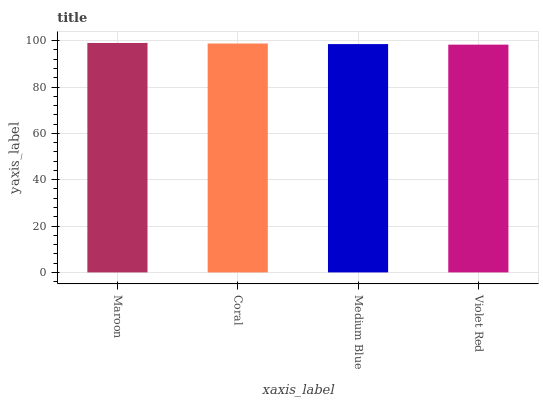
| xaxis_label | bars |
 | --- | --- |
 | Maroon | 99 |
 | Coral | 98.8 |
 | Medium Blue | 98.5 |
 | Violet Red | 98.3 |